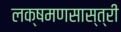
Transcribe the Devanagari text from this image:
लक्षमणसास्त्री